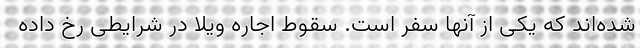
شده‌اند که یکی از آنها سفر است. سقوط اجاره ویلا در شرایطی رخ داده